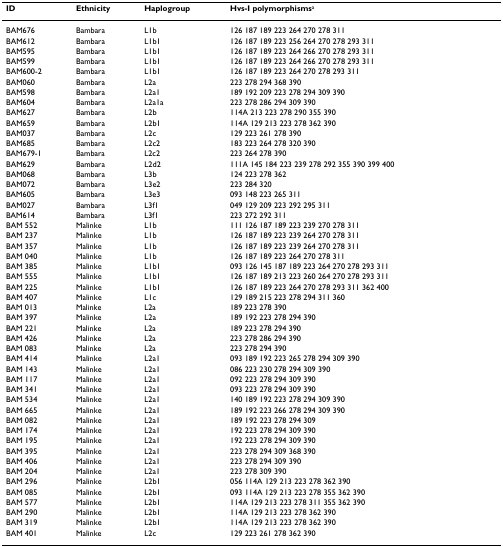
<table><thead><tr><td><b>ID</b></td><td><b>Ethnicity</b></td><td><b>Haplogroup</b></td><td><b>Hvs-I polymorphisms<sup>a</sup></b></td></tr></thead><tbody><tr><td>BAM676</td><td>Bambara</td><td>L1b</td><td>126 187 189 223 264 270 278 311</td></tr><tr><td>BAM612</td><td>Bambara</td><td>L1b1</td><td>126 187 189 223 256 264 270 278 293 311</td></tr><tr><td>BAM595</td><td>Bambara</td><td>L1b1</td><td>126 187 189 223 264 266 270 278 293 311</td></tr><tr><td>BAM599</td><td>Bambara</td><td>L1b1</td><td>126 187 189 223 264 266 270 278 293 311</td></tr><tr><td>BAM600-2</td><td>Bambara</td><td>L1b1</td><td>126 187 189 223 264 270 278 293 311</td></tr><tr><td>BAM060</td><td>Bambara</td><td>L2a</td><td>223 278 294 368 390</td></tr><tr><td>BAM598</td><td>Bambara</td><td>L2a1</td><td>189 192 209 223 278 294 309 390</td></tr><tr><td>BAM604</td><td>Bambara</td><td>L2a1a</td><td>223 278 286 294 309 390</td></tr><tr><td>BAM627</td><td>Bambara</td><td>L2b</td><td>114A 213 223 278 290 355 390</td></tr><tr><td>BAM659</td><td>Bambara</td><td>L2b1</td><td>114A 129 213 223 278 362 390</td></tr><tr><td>BAM037</td><td>Bambara</td><td>L2c</td><td>129 223 261 278 390</td></tr><tr><td>BAM685</td><td>Bambara</td><td>L2c2</td><td>183 223 264 278 320 390</td></tr><tr><td>BAM679-1</td><td>Bambara</td><td>L2c2</td><td>223 264 278 390</td></tr><tr><td>BAM629</td><td>Bambara</td><td>L2d2</td><td>111A 145 184 223 239 278 292 355 390 399 400</td></tr><tr><td>BAM068</td><td>Bambara</td><td>L3b</td><td>124 223 278 362</td></tr><tr><td>BAM072</td><td>Bambara</td><td>L3e2</td><td>223 284 320</td></tr><tr><td>BAM605</td><td>Bambara</td><td>L3e3</td><td>093 148 223 265 311</td></tr><tr><td>BAM027</td><td>Bambara</td><td>L3f1</td><td>049 129 209 223 292 295 311</td></tr><tr><td>BAM614</td><td>Bambara</td><td>L3f1</td><td>223 272 292 311</td></tr><tr><td>BAM 552</td><td>Malinke</td><td>L1b</td><td>111 126 187 189 223 239 270 278 311</td></tr><tr><td>BAM 237</td><td>Malinke</td><td>L1b</td><td>126 187 189 223 239 264 270 278 311</td></tr><tr><td>BAM 357</td><td>Malinke</td><td>L1b</td><td>126 187 189 223 239 264 270 278 311</td></tr><tr><td>BAM 040</td><td>Malinke</td><td>L1b</td><td>126 187 189 223 264 270 278 311</td></tr><tr><td>BAM 385</td><td>Malinke</td><td>L1b1</td><td>093 126 145 187 189 223 264 270 278 293 311</td></tr><tr><td>BAM 555</td><td>Malinke</td><td>L1b1</td><td>126 187 189 213 223 260 264 270 278 293 311</td></tr><tr><td>BAM 225</td><td>Malinke</td><td>L1b1</td><td>126 187 189 223 264 270 278 293 311 362 400</td></tr><tr><td>BAM 407</td><td>Malinke</td><td>L1c</td><td>129 189 215 223 278 294 311 360</td></tr><tr><td>BAM 013</td><td>Malinke</td><td>L2a</td><td>189 223 278 390</td></tr><tr><td>BAM 397</td><td>Malinke</td><td>L2a</td><td>189 192 223 278 294 390</td></tr><tr><td>BAM 221</td><td>Malinke</td><td>L2a</td><td>189 223 278 294 390</td></tr><tr><td>BAM 426</td><td>Malinke</td><td>L2a</td><td>223 278 286 294 390</td></tr><tr><td>BAM 083</td><td>Malinke</td><td>L2a</td><td>223 278 294 390</td></tr><tr><td>BAM 414</td><td>Malinke</td><td>L2a1</td><td>093 189 192 223 265 278 294 309 390</td></tr><tr><td>BAM 143</td><td>Malinke</td><td>L2a1</td><td>086 223 230 278 294 309 390</td></tr><tr><td>BAM 117</td><td>Malinke</td><td>L2a1</td><td>092 223 278 294 309 390</td></tr><tr><td>BAM 341</td><td>Malinke</td><td>L2a1</td><td>093 223 278 294 309 390</td></tr><tr><td>BAM 534</td><td>Malinke</td><td>L2a1</td><td>140 189 192 223 278 294 309 390</td></tr><tr><td>BAM 665</td><td>Malinke</td><td>L2a1</td><td>189 192 223 266 278 294 309 390</td></tr><tr><td>BAM 082</td><td>Malinke</td><td>L2a1</td><td>189 192 223 278 294 309</td></tr><tr><td>BAM 174</td><td>Malinke</td><td>L2a1</td><td>192 223 278 294 309 390</td></tr><tr><td>BAM 195</td><td>Malinke</td><td>L2a1</td><td>192 223 278 294 309 390</td></tr><tr><td>BAM 395</td><td>Malinke</td><td>L2a1</td><td>223 278 294 309 368 390</td></tr><tr><td>BAM 406</td><td>Malinke</td><td>L2a1</td><td>223 278 294 309 390</td></tr><tr><td>BAM 204</td><td>Malinke</td><td>L2a1</td><td>223 278 309 390</td></tr><tr><td>BAM 296</td><td>Malinke</td><td>L2b1</td><td>056 114A 129 213 223 278 362 390</td></tr><tr><td>BAM 085</td><td>Malinke</td><td>L2b1</td><td>093 114A 129 213 223 278 355 362 390</td></tr><tr><td>BAM 577</td><td>Malinke</td><td>L2b1</td><td>114A 129 213 223 278 311 355 362 390</td></tr><tr><td>BAM 290</td><td>Malinke</td><td>L2b1</td><td>114A 129 213 223 278 362 390</td></tr><tr><td>BAM 319</td><td>Malinke</td><td>L2b1</td><td>114A 129 213 223 278 362 390</td></tr><tr><td>BAM 401</td><td>Malinke</td><td>L2c</td><td>129 223 261 278 362 390</td></tr></tbody></table>